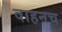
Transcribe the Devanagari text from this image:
वाहनच